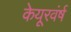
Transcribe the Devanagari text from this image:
केयूरवंर्ष